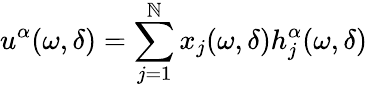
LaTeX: u^{\alpha}(\omega,\delta)=\sum_{j=1}^{\mathbb{N}}x_{j}(\omega,\delta)h_{j}^{\alpha}(\omega,\delta)